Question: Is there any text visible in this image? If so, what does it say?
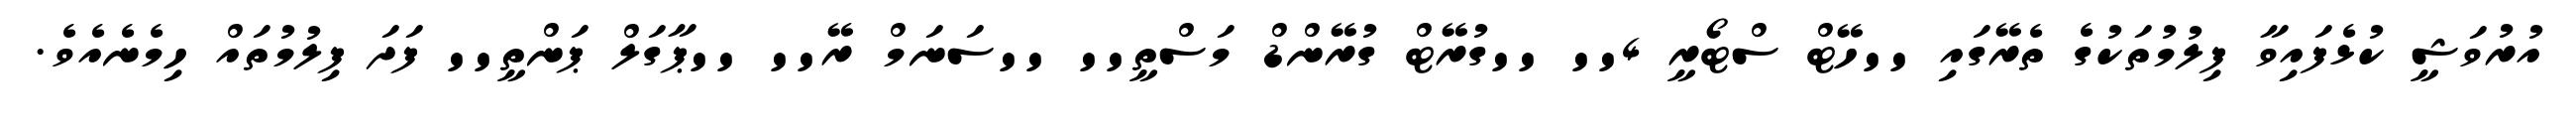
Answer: އުރުވަޝީ ކުޅެފައިވާ ފިލުމުތަކުގެ ތެރޭގައި ''ހޭޓް ސްޓޯރީ 4'' ''ގުރޭޓް ގުރޭންޑް މަސްތީ'' ''ސަނަމް ރޭ'' ''ޕާގަލް ޕަންތީ'' ފަދަ ފިލުމުތައް ހިމެނެއެވެ.